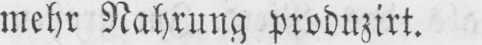
mehr Nahrung produzirt.